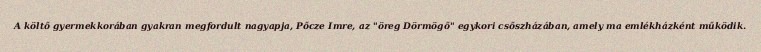
A költő gyermekkorában gyakran megfordult nagyapja, Pőcze Imre, az "öreg Dörmögő" egykori csőszházában, amely ma emlékházként működik.